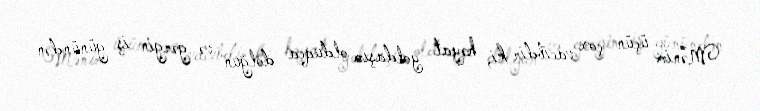
Mənim üçün çox vacibdir ki, həyat yoldaşım olduqca dolğun və gərgin iş günündən